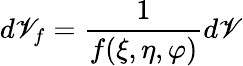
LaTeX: d\mathscr{V}_{f}=\frac{{1}}{{f(\xi,\eta,\varphi)}}d\mathscr{V}